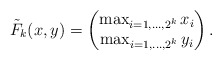
\begin{align*}\tilde{F}_k(x,y) = \begin{pmatrix}\max_{i=1,\ldots,2^k} x_i\\\max_{i=1,\ldots,2^k} y_i\end{pmatrix}.\end{align*}